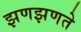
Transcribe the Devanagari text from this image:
झणझणते